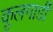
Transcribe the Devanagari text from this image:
कूलगार्डी